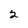
Character: 2